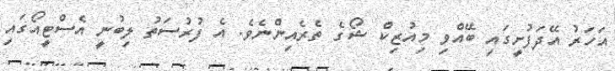
އަހަރު އޭދަފުށީގައި ބޭއްވި މިއުޒިކް ޝޯގެ ތެރެއިންނެވެ. އެ ފުރުސަތު ލިބުނީ އެސްޓީއޯގައި